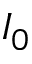
I _ { 0 }